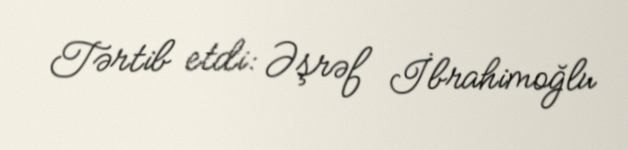
Tərtib etdi: Əşrəf İbrahimoğlu